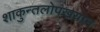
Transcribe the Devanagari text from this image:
शाकुन्तलोपखयान